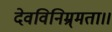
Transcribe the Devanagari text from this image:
देवविनिम्र्मता।।